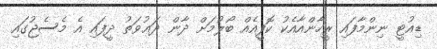
ޑިއުޓީ ނިންމާފައި ރީހާންއާއެކު ކޮފީއެއް ބޯލުމަށް ދާން ދަޢުވަތު ދީފައި އެ މެސެޖުގައި